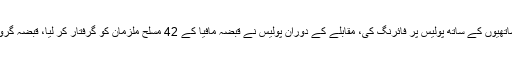
بدنام زمانہ قبضہ مافیا طالبان برادرز نے درجنوں مسلح ساتھیوں کے ساتھ پولیس پر فائرنگ کی، مقابلے کے دوران پولیس نے قبضہ مافیا کے 42 مسلح ملزمان کو گرفتار کر لیا، قبضہ گروہ کے 7 مرکزی ملزمان فرار ہونے میں کامیاب ہو گئے۔